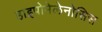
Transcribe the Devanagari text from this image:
हाइपोमेलेनोसिस